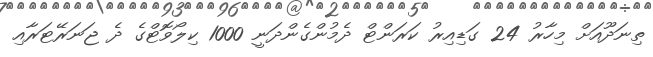
ތިނަދޫއަށް މިހާރު 24 ގަޑިއިރު ކަރަންޓް ދެމުންގެންދަނީ 1000 ކިލޯވޮޓްގެ ދެ ޖަނަރޭޓަރާއި